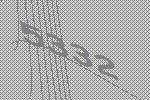
5332